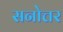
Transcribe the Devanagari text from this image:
सनोत्तर